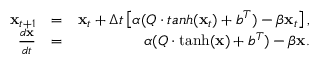
\begin{array} { r l r } { { \bf x } _ { t + 1 } } & { = } & { { \bf x } _ { t } + \Delta t \left[ \alpha ( Q \cdot t a n h ( { \bf x } _ { t } ) + b ^ { T } ) - \beta { \bf x } _ { t } \right] , } \\ { \frac { d { \bf x } } { d t } } & { = } & { \alpha ( Q \cdot \operatorname { t a n h } ( { \bf x } ) + b ^ { T } ) - \beta { \bf x } . } \end{array}